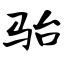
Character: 骀